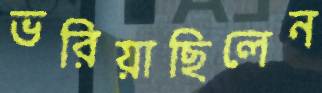
ভরিয়াছিলেন